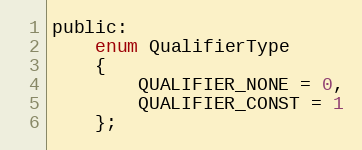
Language: C
public:
	enum QualifierType
	{
		QUALIFIER_NONE = 0,
		QUALIFIER_CONST = 1
	};